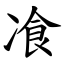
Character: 飡